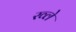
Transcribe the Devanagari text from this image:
रव्ले